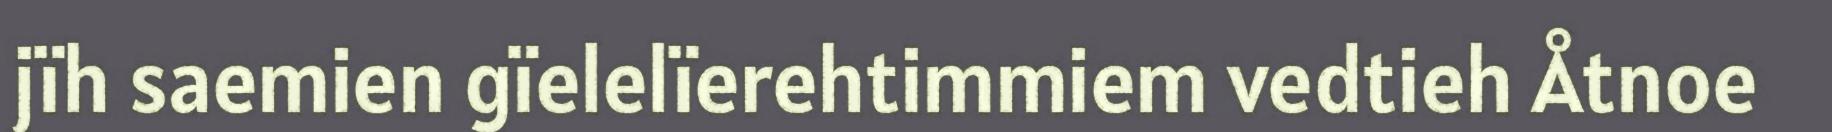
jïh saemien gïelelïerehtimmiem vedtieh Åtnoe